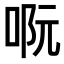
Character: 𠴉